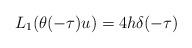
LaTeX: \begin{align*}L_1(\theta(-\tau)u)=4h\delta(-\tau)\end{align*}